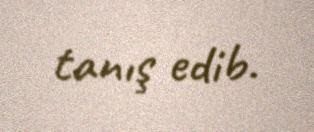
tanış edib.